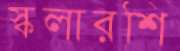
স্কলারশি